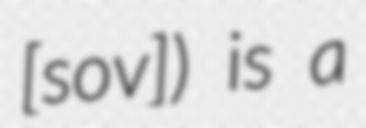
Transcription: ​[sov]) is a